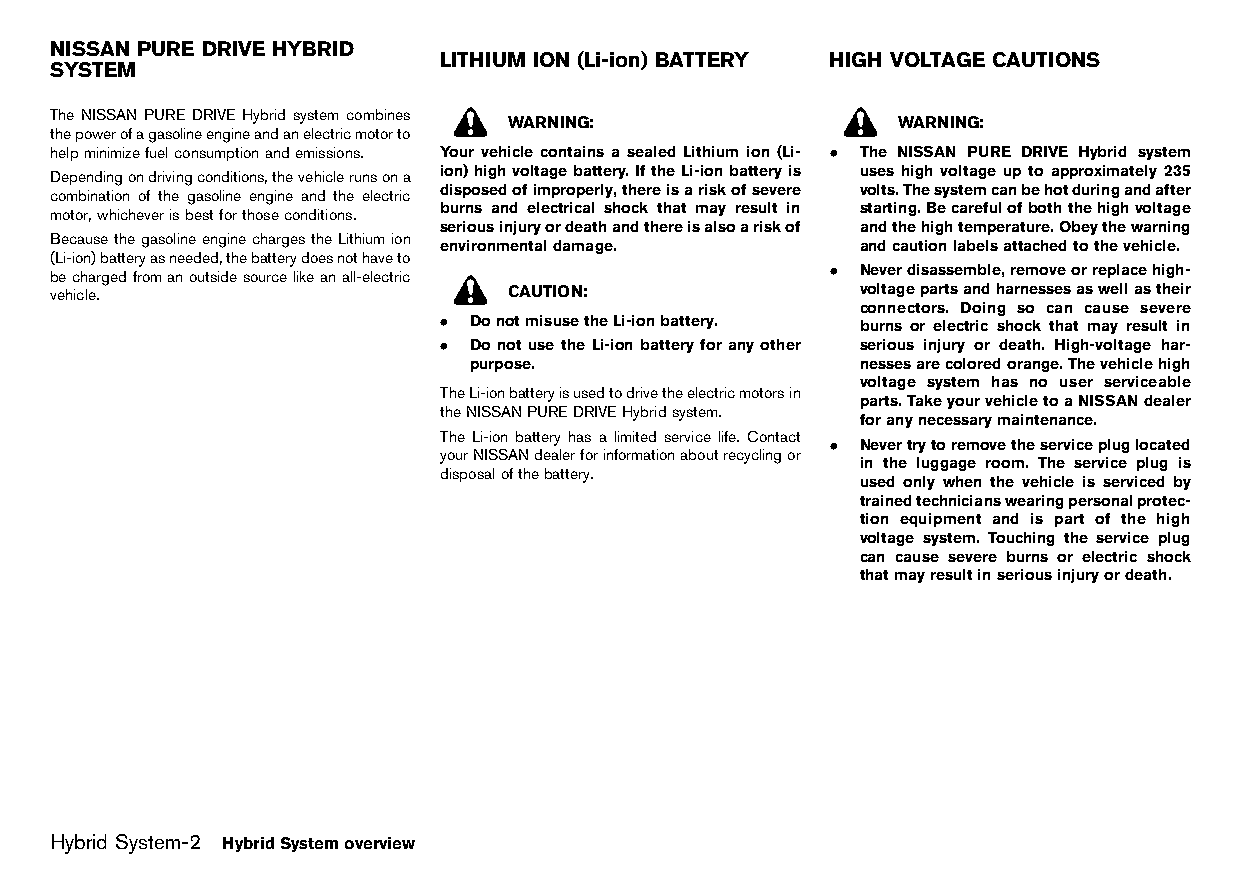
(6,1)
 NISSAN PURE DRIVE HYBRID
 LITHIUM ION (Li-ion) BATTERY HIGH VOLTAGE CAUTIONS
 SYSTEM
 GUID-5DDE083E-0499-438D-A8B4-3B43BE6CAB45 GUID-9CD381E1-4427-476C-8424-C6AF32B22CA0 GUID-22235A91-AA8F-4771-A563-496200D46D05
 The NISSAN PURE DRIVE Hybrid system combines
 WARNING:                  WARNING:
 thepowerofagasolineengineandanelectricmotorto
 helpminimizefuelconsumptionandemissions. Your vehicle contains a sealed Lithium ion (Li- . The NISSAN PURE DRIVE Hybrid system
 ion)highvoltagebattery.IftheLi-ionbatteryis uses high voltage up to approximately 235
 Dependingondrivingconditions,thevehiclerunsona
 disposedofimproperly,thereisariskofsevere volts.Thesystemcanbehotduringandafter
 combination of the gasoline engine and the electric
 burns and electrical shock that may result in starting.Becarefulofboththehighvoltage
 motor,whicheverisbestforthoseconditions.
 seriousinjuryordeathandthereisalsoariskof andthehightemperature.Obeythewarning
 BecausethegasolineenginechargestheLithiumion
 environmentaldamage.        andcautionlabelsattachedtothevehicle.
 (Li-ion)batteryasneeded,thebatterydoesnothaveto
 . Neverdisassemble,removeorreplacehigh-
 bechargedfromanoutsidesourcelikeanall-electric
 vehicle.                      CAUTION:                voltagepartsandharnessesaswellastheir
 connectors. Doing so can cause severe
 . DonotmisusetheLi-ionbattery. burns or electric shock that may result in
 . Do not use the Li-ion battery for any other serious injury or death. High-voltage har-
 purpose.                  nessesarecoloredorange.Thevehiclehigh
 voltage system has no user serviceable
 TheLi-ionbatteryisusedtodrivetheelectricmotorsin
 parts.TakeyourvehicletoaNISSANdealer
 theNISSANPUREDRIVEHybridsystem.
 foranynecessarymaintenance.
 The Li-ion battery has a limited service life. Contact
 . Nevertrytoremovetheservicepluglocated
 yourNISSANdealerforinformationaboutrecyclingor
 in the luggage room. The service plug is
 disposalofthebattery.
 used only when the vehicle is serviced by
 trainedtechnicianswearingpersonalprotec-
 tion equipment and is part of the high
 voltage system. Touching the service plug
 can cause severe burns or electric shock
 thatmayresultinseriousinjuryordeath.
 Hybrid System-2 HybridSystemoverview
 Condition:                        [Edit:2015/8/24 Model: HT32-A]